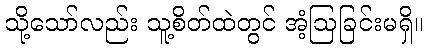
သို့သော်လည်း သူ့စိတ်ထဲတွင် အံ့ဩခြင်းမရှိ။